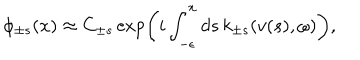
\phi _ { \pm s } ( x ) \approx C _ { \pm s } \exp \left( i \int _ { - \epsilon } ^ { x } d s \, k _ { \pm s } ( v ( s ) , \omega ) \right) ,